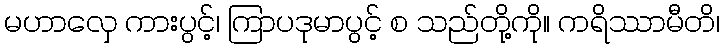
မဟာလှေ ကားပွင့်၊ ကြာပဒုမာပွင့် စ သည်တို့ကို။ ကရိဿာမီတိ၊